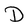
Character: D